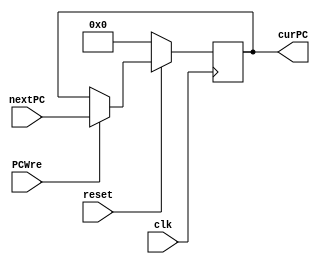
`timescale 1ns / 1ps
//////////////////////////////////////////////////////////////////////////////////
// Company: 
// Engineer: 
// 
// Design Name: 
// Module Name: PC
// Project Name: 
// Target Devices: 
// Tool Versions: 
// Description: 
// 
// Dependencies: 
// 
// Revision:
// Revision 0.01 - File Created
// Additional Comments:
// 
//////////////////////////////////////////////////////////////////////////////////

//nextPCcurPCnextPCMux_PCSrc
module PC(
    input clk,
    input reset,
    input PCWre,
    input [31:0 ] nextPC,
    output reg [31:0] curPC
    );
    
    initial begin
        curPC = 0;
    end
    
    always@ (posedge clk) begin
        if(reset == 0)
            curPC = 0;
        else if ( PCWre == 1)
            curPC = nextPC;
    end

    
endmodule